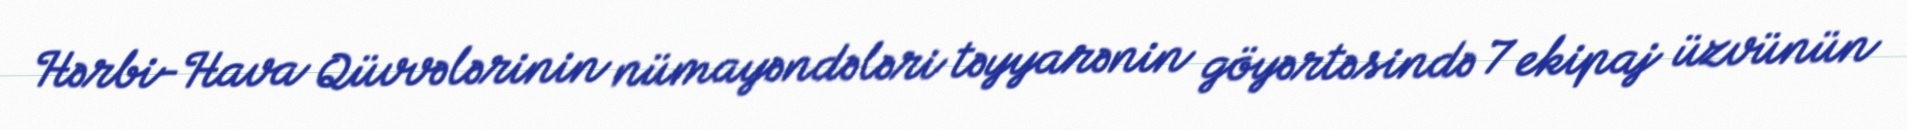
Hərbi-Hava Qüvvələrinin nümayəndələri təyyarənin göyərtəsində 7 ekipaj üzvünün